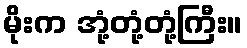
မိုးက အုံ့တုံ့တုံ့ကြီး။